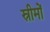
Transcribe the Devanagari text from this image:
स्रीमों